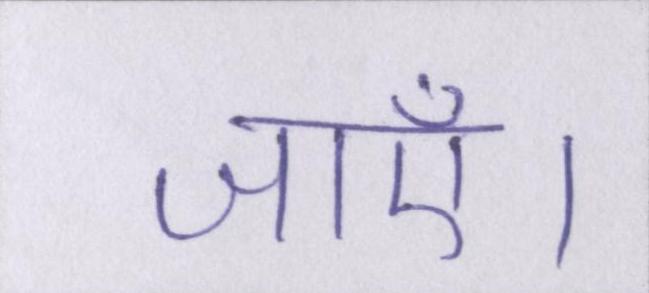
जाएँ।